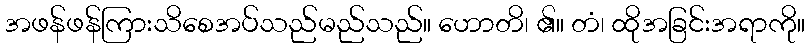
အဖန်ဖန်ကြားသိစေအပ်သည်မည်သည်။ ဟောတိ၊ ၏။ တံ၊ ထိုအခြင်းအရာကို။